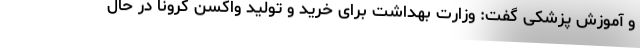
و آموزش پزشکی گفت: وزارت بهداشت برای خرید و تولید واکسن کرونا در حال